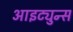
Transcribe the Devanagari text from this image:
आइट्युन्स